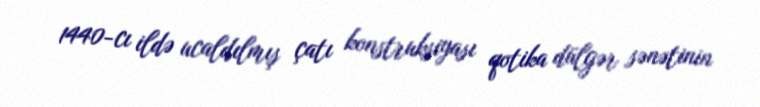
1440-cı ildə ucaldılmış çatı konstruksiyası qotika dülgər sənətinin